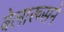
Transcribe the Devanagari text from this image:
बेलारूसने